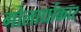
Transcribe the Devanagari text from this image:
गोलार्धाकार